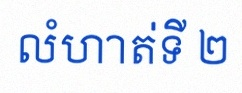
លំហាត់ទី ២